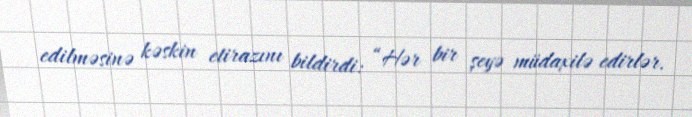
edilməsinə kəskin etirazını bildirdi: “Hər bir şeyə müdaxilə edirlər.